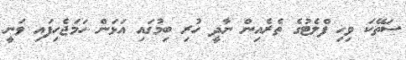
ސަތޭކަ ވިހި ފްލެޓުގެ ތެރެއިން ނާދީ ހުރި ބިމުގައި އަޅަން ހަމަޖެހިފައި ވަނީ